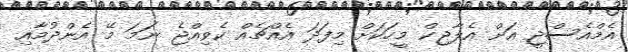
އެމްއެސްޖީ އަށް އެލާޖިކް މީހަކަށް މިފަދަ އެއްޗެއް ކެވިއްޖެ ނަމަ މޭ އެންދުމާއި